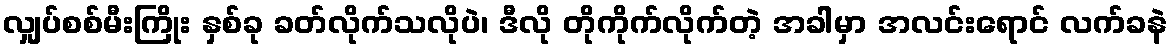
လျှပ်စစ်မီးကြိုး နှစ်ခု ခတ်လိုက်သလိုပဲ၊ ဒီလို တိုကိုက်လိုက်တဲ့ အခါမှာ အလင်းရောင် လက်ခနဲ